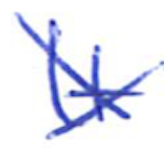
Text: It
Cross-out: cross
Writing tool: ballpoint